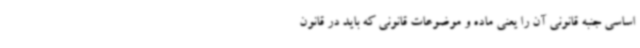
اساسی جنبه قانونی آن را یعنی ماده و موضوعات قانونی که باید در قانون